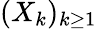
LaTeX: (X_{k})_{k\geq 1}